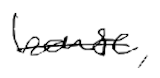
Text: house,
Cross-out: single-line
Writing tool: digital_black